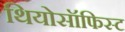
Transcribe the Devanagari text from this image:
थियोसॉफिस्ट